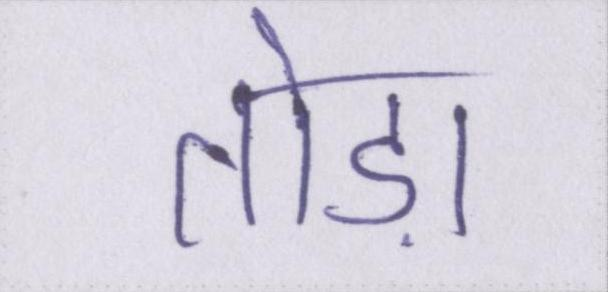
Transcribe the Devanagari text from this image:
तोड़ा